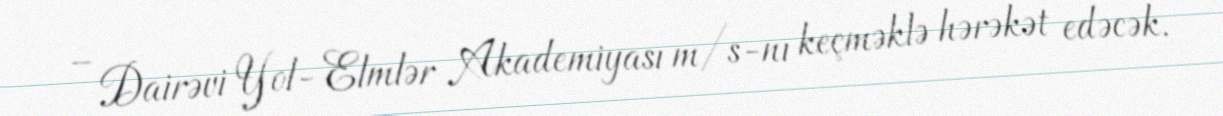
– Dairəvi Yol- Elmlər Akademiyası m/s-nı keçməklə hərəkət edəcək.